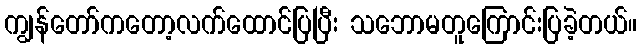
ကျွန်တော်ကတော့လက်ထောင်ပြပြီး သဘောမတူကြောင်းပြခဲ့တယ်။